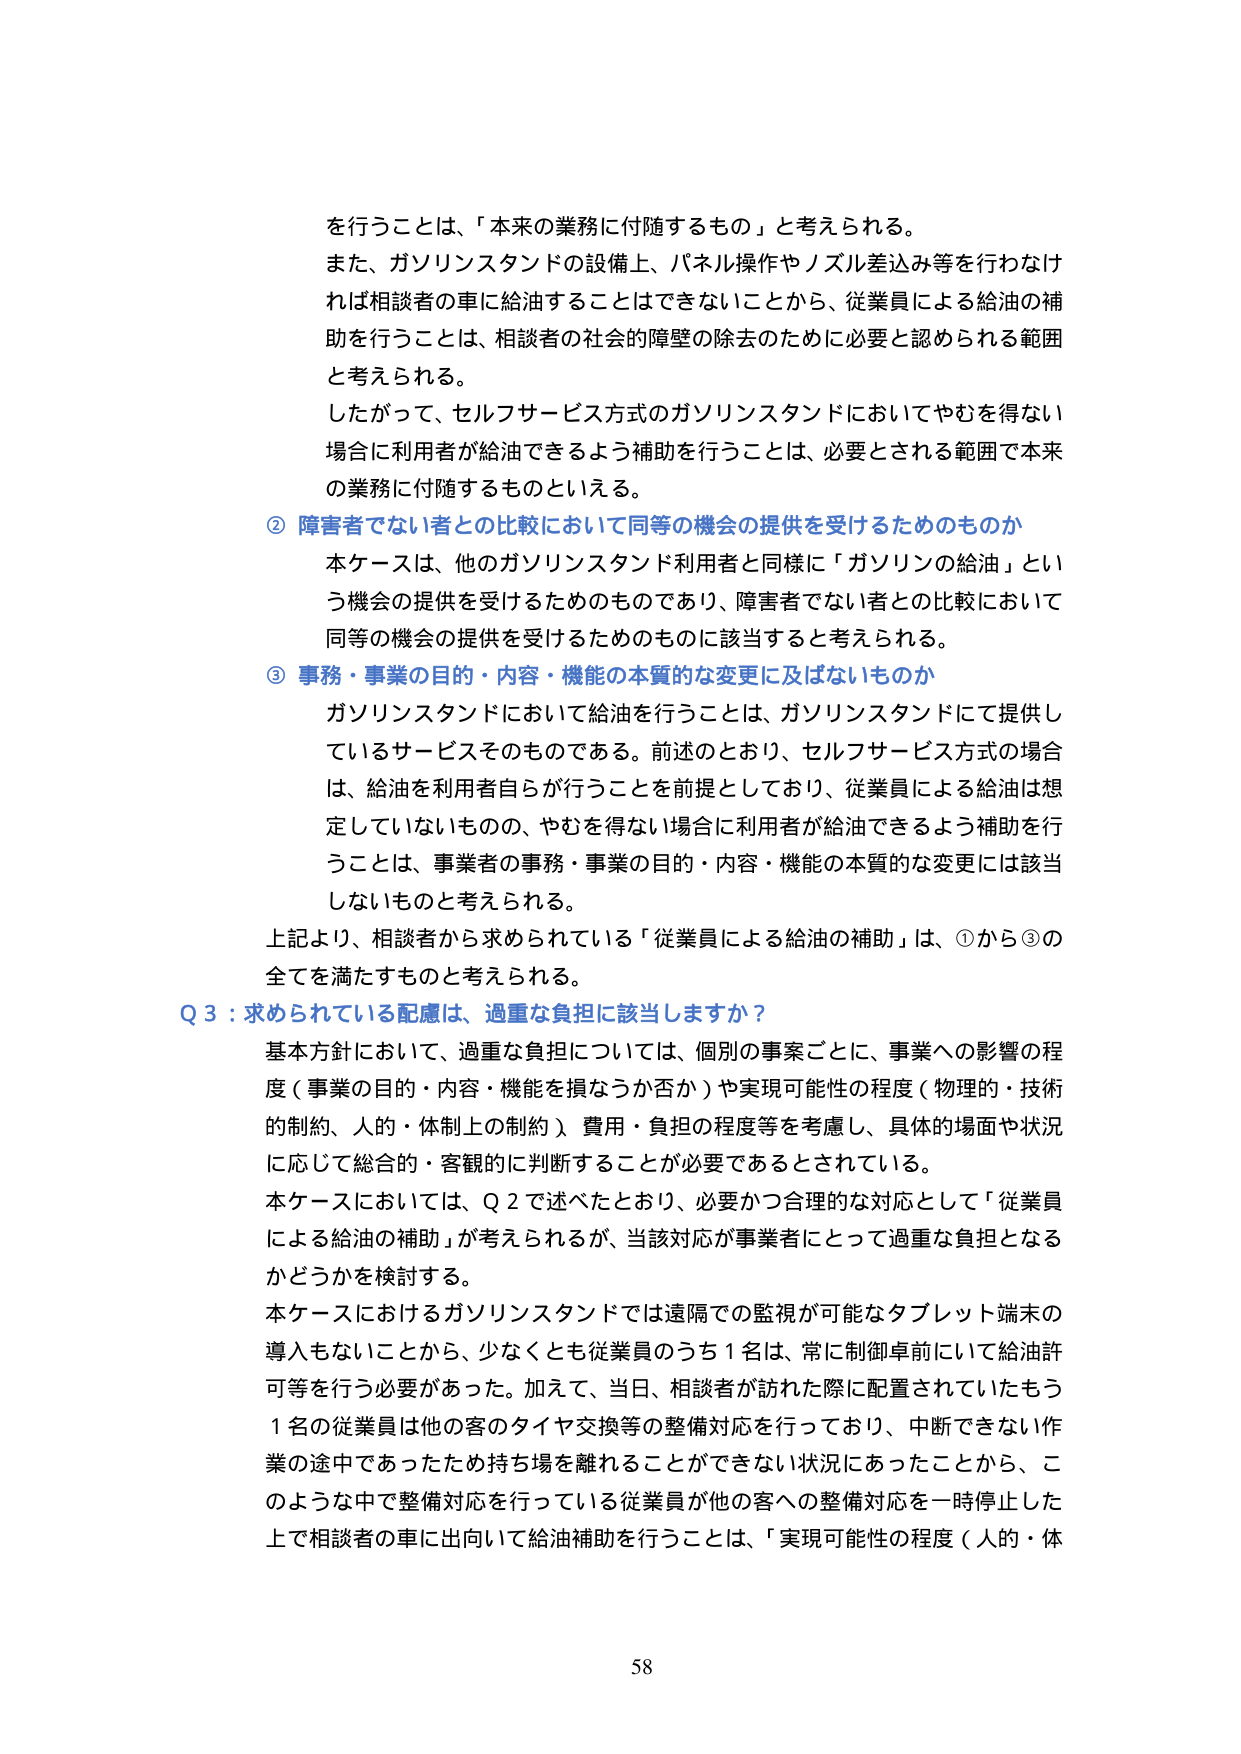
を行うことは、「本来の業務に付随するもの」と考えられる。
また、ガソリンスタンドの設備上、パネル操作やノズル差込み等を行わなければ相談者の車に給油することはできないことから、従業員による給油の補助を行うことは、相談者の社会的障壁の除去のために必要と認められる範囲と考えられる。
したがって、セルフサービス方式のガソリンスタンドにおいてやむを得ない場合に利用者が給油できるよう補助を行うことは、必要とされる範囲で本来の業務に付随するものといえる。

② 障害者でない者との比較において同等の機会の提供を受けるためのものか
本ケースは、他のガソリンスタンド利用者と同様に「ガソリンの給油」という機会の提供を受けるためのものであり、障害者でない者との比較において同等の機会の提供を受けるためのものに該当すると考えられる。

③ 事務・事業の目的・内容・機能の本質的な変更に及ばないものか
ガソリンスタンドにおいて給油を行うことは、ガソリンスタンドにて提供しているサービスそのものである。前述のとおり、セルフサービス方式の場合は、給油を利用者自らが行うことを前提としており、従業員による給油は想定していないものの、やむを得ない場合に利用者が給油できるよう補助を行うことは、事業者の事務・事業の目的・内容・機能の本質的な変更には該当しないものと考えられる。

上記より、相談者から求められている「従業員による給油の補助」は、①から③の全てを満たすものと考えられる。

Q3：求められている配慮は、過重な負担に該当しますか？
基本方針において、過重な負担については、個別の事案ごとに、事業への影響の程度（事業の目的・内容・機能を損なうか否か）や実現可能性の程度（物理的・技術的制約、人的・体制上の制約）、費用・負担の程度等を考慮し、具体的場面や状況に応じて総合的・客観的に判断することが必要であるとされている。
本ケースにおいては、Q2で述べたとおり、必要かつ合理的な対応として「従業員による給油の補助」が考えられるが、当該対応が事業者にとって過重な負担となるかどうかを検討する。
本ケースにおけるガソリンスタンドでは遠隔での監視が可能なタブレット端末の導入もないことから、少なくとも従業員のうち1名は、常に制御卓前にいて給油許可等を行う必要があった。加えて、当日、相談者が訪れた際に配置されていたもう1名の従業員は他の客のタイヤ交換等の整備対応を行っており、中断できない作業の途中であったため持ち場を離れることができない状況にあったことから、このような中で整備対応を行っている従業員が他の客への整備対応を一時停止した上で相談者の車に出向いて給油補助を行うことは、「実現可能性の程度（人的・体

58